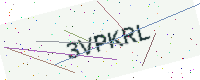
Text: 3VPKRL